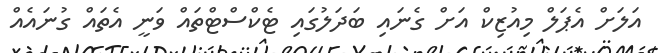
އަލަށް އެޕަލް މިއުޒިކް އަށް ގެނައި ބަދަލުގައި ޓެކްސްޓްތައް ވަނީ އެތައް ގުނައެއް